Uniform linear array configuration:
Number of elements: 8
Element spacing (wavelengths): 0.25
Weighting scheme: hann
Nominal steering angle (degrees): -30
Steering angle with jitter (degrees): -28.849
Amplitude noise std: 0.05
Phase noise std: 0.05

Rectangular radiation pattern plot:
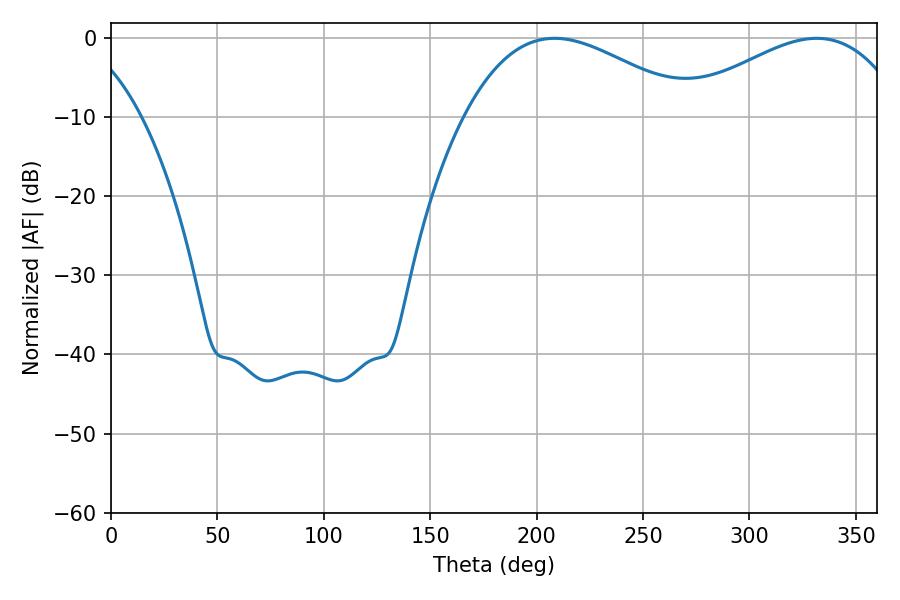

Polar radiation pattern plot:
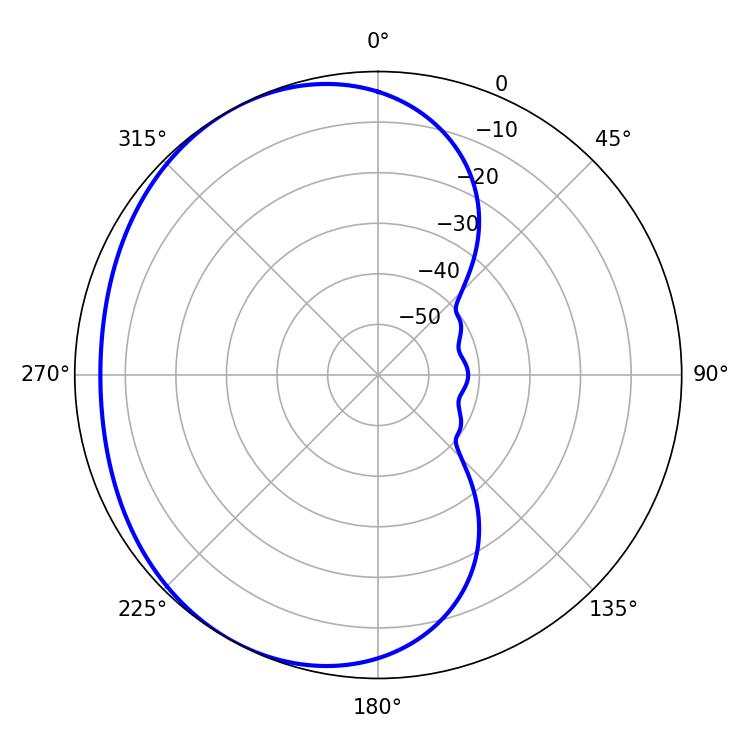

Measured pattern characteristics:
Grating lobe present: FALSE
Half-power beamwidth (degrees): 58.68
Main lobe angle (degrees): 208.44